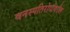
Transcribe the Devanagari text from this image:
वनस्पतिरोगांवरील